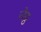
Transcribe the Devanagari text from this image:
जेठ्ठ